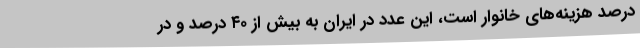
درصد هزینه‌های خانوار است، این عدد در ایران به بیش از ۴۰ درصد و در